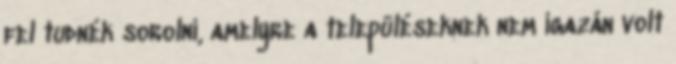
fel tudnék sorolni, amelyre a településeknek nem igazán volt